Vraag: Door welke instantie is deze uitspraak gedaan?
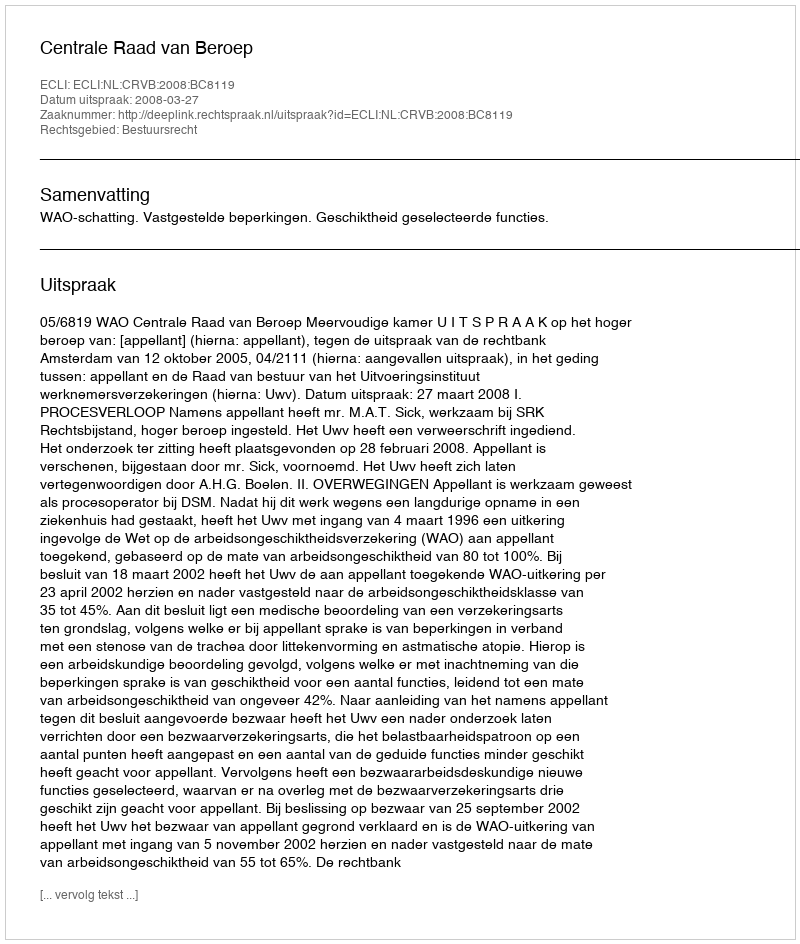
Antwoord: Centrale Raad van Beroep